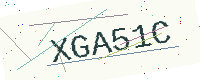
Text: XGA51C